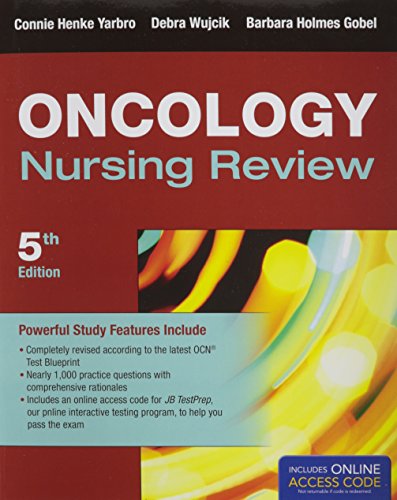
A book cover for Oncology Nursing Review; Connie Henke Yarbro; Medical Books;